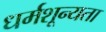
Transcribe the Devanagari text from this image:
धर्मशून्यता